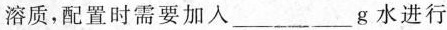
溶质，配置时需要加入___g水进行